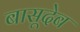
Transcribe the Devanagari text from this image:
बासूदेब